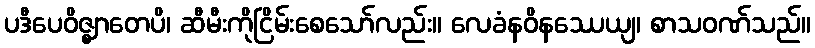
ပဒီပေဝိဇ္ဈာတေပိ၊ ဆီမီးကိုငြိမ်းစေသော်လည်း။ လေခံနဝိနဿေယျ၊ စာသဝဏ်သည်။